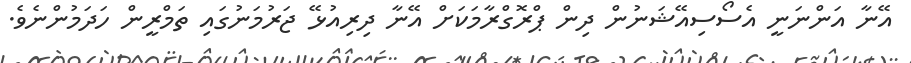
އޭނާ އަންނަނީ އެސޯސިއޭޝަނުން ދިން ޕްރޮގްރާމަކަށް އޭނާ ދިރިއުޅޭ ޖަރުމަނުގައި ތަމްރީން ހަދަމުންނެވެ.